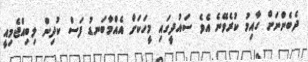
ދެބެންނަށް ގާއިމު ކުރެވޭނެ އެވެ ސައުދީގައި މީހަކަށް އެއްމާބަނޑު ފަސް ކުދިން ލިބިއްޖެމިއީ